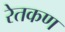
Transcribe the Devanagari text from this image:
रेतकण